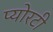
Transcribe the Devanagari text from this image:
प्योरटी